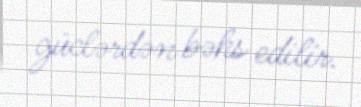
güclərdən bəhs edilir.